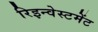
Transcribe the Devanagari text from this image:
रिइन्वेस्टमेंट